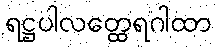
ရဋ္ဌပါလတ္ထေရဂါထာ